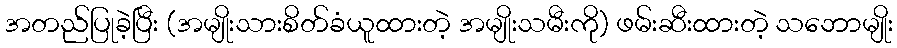
အတည်ပြုခဲ့ပြီး (အမျိုးသားစိတ်ခံယူထားတဲ့ အမျိုးသမီးကို) ဖမ်းဆီးထားတဲ့ သဘောမျိုး